Problem: 50 + 43 = ?
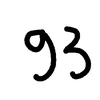
Handwritten answer: 93